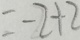
= - 2 + 2